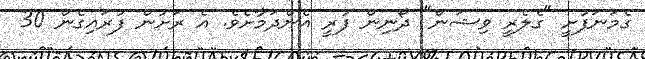
ގެމަނަފުށީ "ގެލެރީ ވިޝަން" ދޯނިން ފުރީ އެންދަމާށެވެ. އެ ރަށުން ފުރައިގެން 30